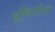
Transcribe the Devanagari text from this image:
बुध्दिजीवी